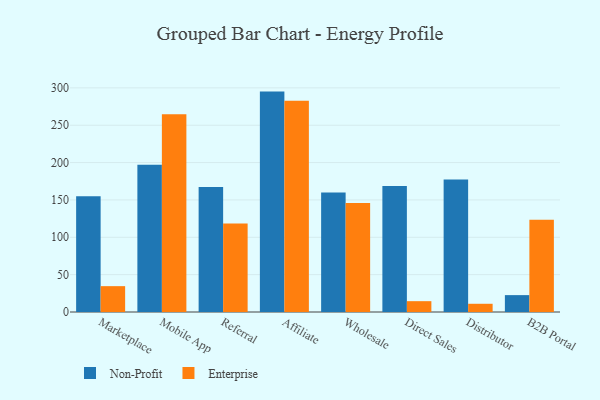
{"axis": {"x": "Channel", "y": "Budget (USD K)"}, "legend": ["Enterprise", "Non-Profit"], "data": [{"x": "Marketplace", "y": 154.8, "type": "Non-Profit"}, {"x": "Marketplace", "y": 34.6, "type": "Enterprise"}, {"x": "Mobile App", "y": 197.2, "type": "Non-Profit"}, {"x": "Mobile App", "y": 264.7, "type": "Enterprise"}, {"x": "Referral", "y": 167.3, "type": "Non-Profit"}, {"x": "Referral", "y": 118.3, "type": "Enterprise"}, {"x": "Affiliate", "y": 295.0, "type": "Non-Profit"}, {"x": "Affiliate", "y": 282.6, "type": "Enterprise"}, {"x": "Wholesale", "y": 159.8, "type": "Non-Profit"}, {"x": "Wholesale", "y": 146.0, "type": "Enterprise"}, {"x": "Direct Sales", "y": 168.6, "type": "Non-Profit"}, {"x": "Direct Sales", "y": 14.5, "type": "Enterprise"}, {"x": "Distributor", "y": 177.5, "type": "Non-Profit"}, {"x": "Distributor", "y": 11.0, "type": "Enterprise"}, {"x": "B2B Portal", "y": 22.6, "type": "Non-Profit"}, {"x": "B2B Portal", "y": 123.4, "type": "Enterprise"}]}